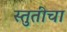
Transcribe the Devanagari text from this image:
स्तुतींचा